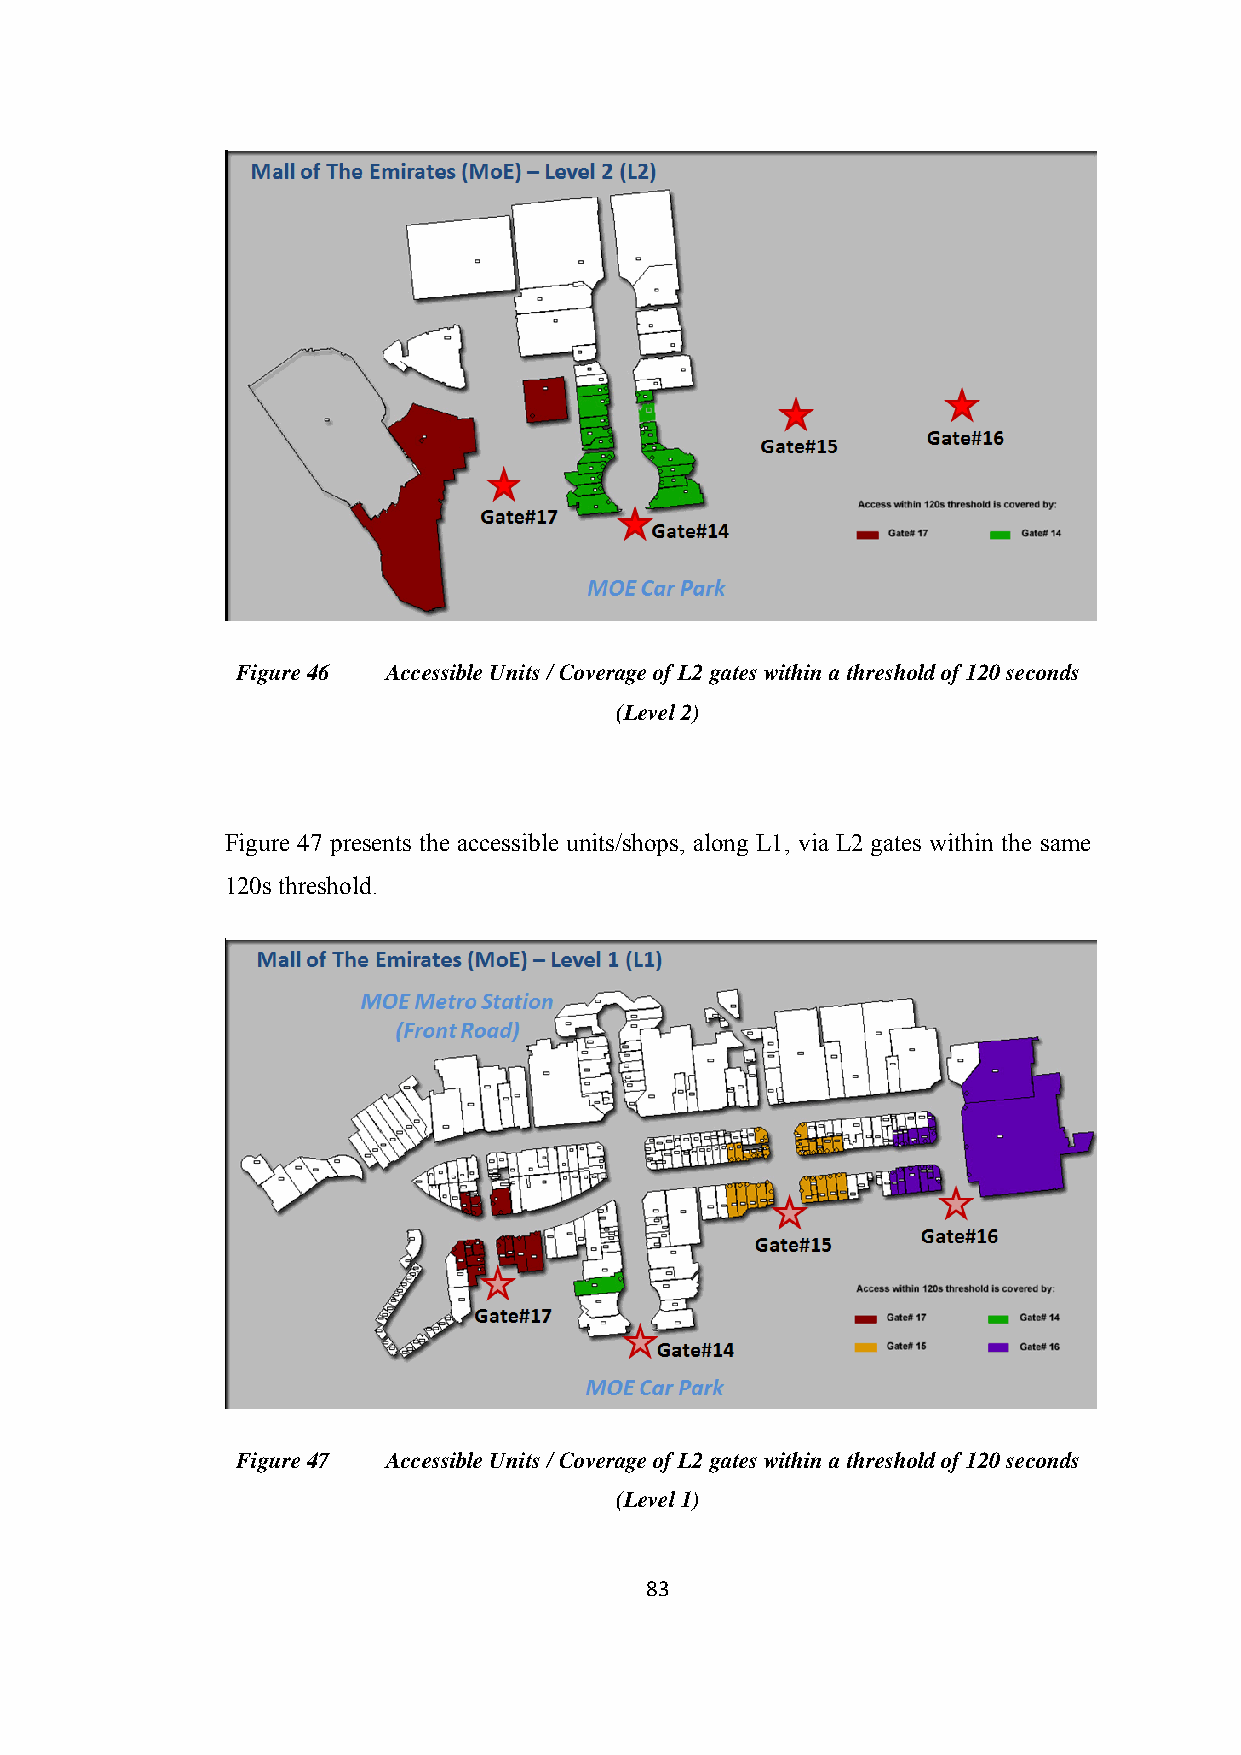
Figure 46 Accessible Units / Coverage of L2 gates within a threshold of 120 seconds
 (Level 2)
 Figure 47 presents the accessible units/shops, along L1, via L2 gates within the same
 120s threshold.
 Figure 47 Accessible Units / Coverage of L2 gates within a threshold of 120 seconds
 (Level 1)
 83